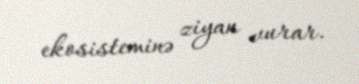
ekosisteminə ziyan vurar.